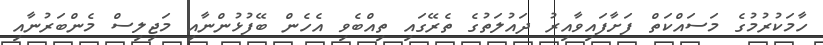
ހާމަކުރުމުގެ މަސައްކަތް ފަށާފައިވާއިރު ދައުލަތުގެ ތެރޭގައި ތިއްބެވި އެހެން ބޭފުޅުންނާއި މަޖިލިސް މެންބަރުނާއި